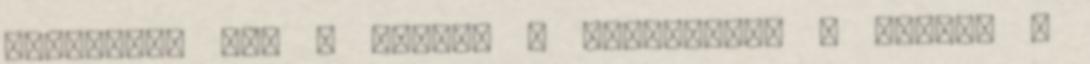
született meg a blues, a spiritual, a gospel s